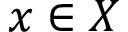
x \in X